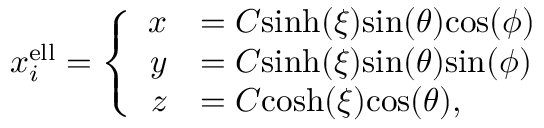
\begin{array} { r } { x _ { i } ^ { \mathrm { e l l } } = \left\{ \begin{array} { r l } { x } & { = C \mathrm { s i n h } ( \xi ) \mathrm { s i n } ( \theta ) \mathrm { c o s } ( \phi ) } \\ { y } & { = C \mathrm { s i n h } ( \xi ) \mathrm { s i n } ( \theta ) \mathrm { s i n } ( \phi ) } \\ { z } & { = C \mathrm { c o s h } ( \xi ) \mathrm { c o s } ( \theta ) , } \end{array} \right. } \end{array}